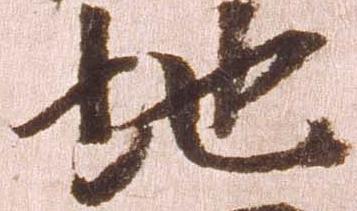
地